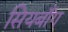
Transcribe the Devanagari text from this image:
सियबाँग